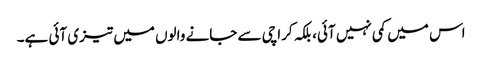
اس میں کمی نہیں آئی، بلکہ کراچی سے جانے والوں میں تیزی آئی ہے۔